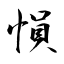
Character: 愪